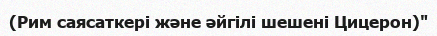
(Рим саясаткері және әйгілі шешені Цицерон)"